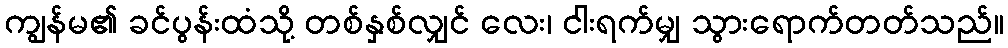
ကျွန်မ၏ ခင်ပွန်းထံသို့ တစ်နှစ်လျှင် လေး၊ ငါးရက်မျှ သွားရောက်တတ်သည်။